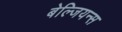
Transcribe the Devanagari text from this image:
बेल्जियन्स